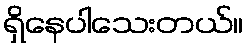
ရှိနေပါသေးတယ်။